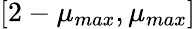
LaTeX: [2-\mu_{max},\mu_{max}]